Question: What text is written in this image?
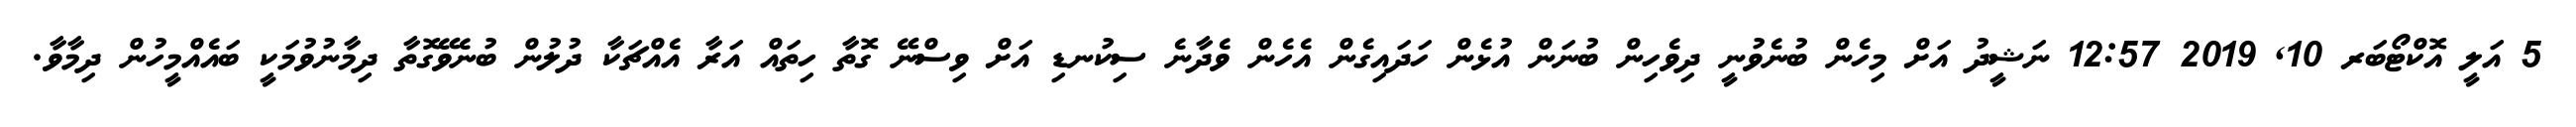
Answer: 5 އަލީ އޮކްޓޯބަރ 10, 2019 12:57 ނަޝީދު އަށް މިހެން ބުނެވުނީ ދިވެހިން ބުނަން އުޅެން ހަދައިގެން އެހެން ވެދާނެ ސިކުނޑި އަށް ވިސްނޭ ގޮތާ ހިތައް އަރާ އެއްޗަކާ ދުލުން ބުނެވޭގޮތާ ދިމާނުވުމަކީ ބައެއްމީހުން ދިމާވާ.